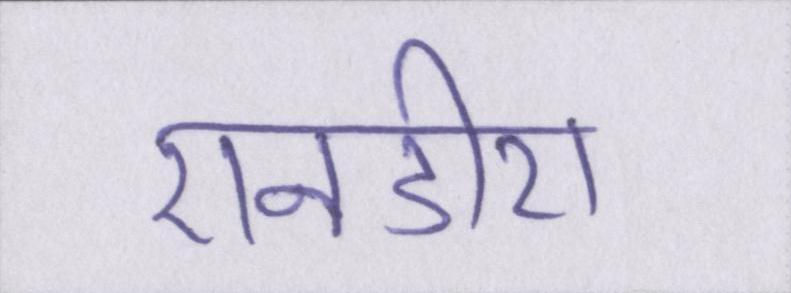
एनडीए